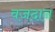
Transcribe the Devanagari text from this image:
वजदान